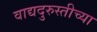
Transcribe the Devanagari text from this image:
वाद्यदुरुस्तीच्या